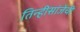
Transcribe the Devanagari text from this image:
तिन्हीसांजेची